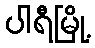
ပါရီမြို့